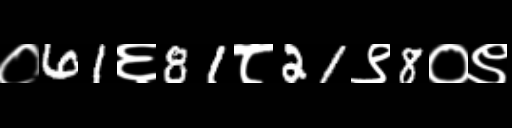
Text: ०61६81८21९8०९